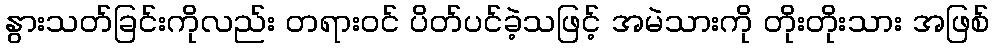
နွားသတ်ခြင်းကိုလည်း တရားဝင် ပိတ်ပင်ခဲ့သဖြင့် အမဲသားကို တိုးတိုးသား အဖြစ်